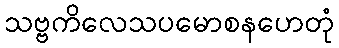
သဗ္ဗကိလေသပမောစနဟေတုံ